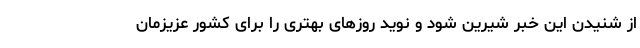
از شنیدن این خبر شیرین شود و نوید روزهای بهتری را برای کشور عزیزمان